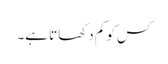
کس کو کم دکھاتا ہے۔